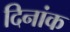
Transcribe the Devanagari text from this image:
दिनांक